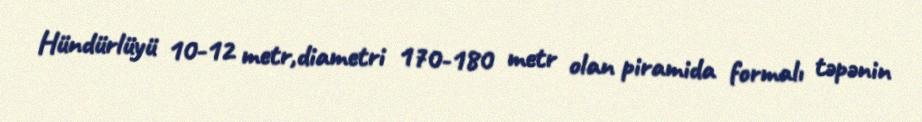
Hündürlüyü 10-12 metr,diametri 170-180 metr olan piramida formalı təpənin